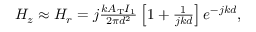
\begin{array} { r } { H _ { z } \approx H _ { r } = j \frac { k A _ { \mathrm { T } } I _ { 1 } } { 2 \pi d ^ { 2 } } \left[ 1 + \frac { 1 } { j k d } \right] e ^ { - j k d } , } \end{array}